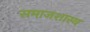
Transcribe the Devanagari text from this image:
समाजशास्व